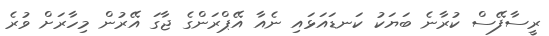
ރީސާފޭސް ކުރާނެ ބަޔަކު ކަނޑައަޅައި ނެއާ އޭޕްރަންގެ ޖާގަ އޭރުން މިހާރަށް ވުރެ